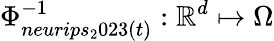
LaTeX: \Phi_{neurips_{2}023(t)}^{-1}:\mathbb{R}^{d}\mapsto\Omega